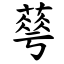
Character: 䔢